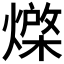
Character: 𭶇